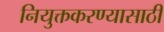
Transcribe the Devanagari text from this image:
नियुक्तकरण्यासाठी